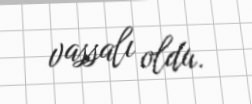
vassalı oldu.